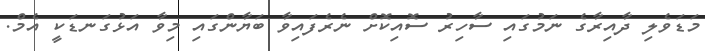
މަޑަވެލި ދާއިރާގެ ނަމުގައި ސާހިރު ސޮއިކޮށް ނެރެފައިވާ ބަޔާންގައި މިވާ އަޅުގަނޑަކީ އެމް.